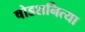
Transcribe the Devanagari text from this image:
षोडशनित्या